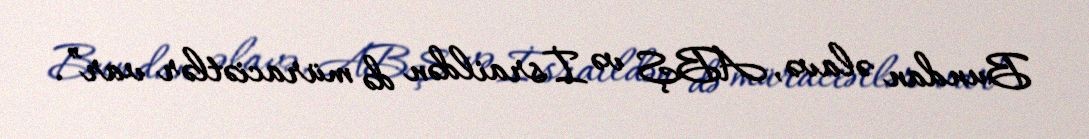
Bundan əlavə, ABŞ və İsraildən də müraciətlər var”.